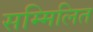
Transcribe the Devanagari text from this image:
सम्मिलित